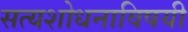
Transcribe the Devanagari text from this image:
सत्यशोधनाविषयी